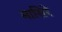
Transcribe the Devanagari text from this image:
मासिरे